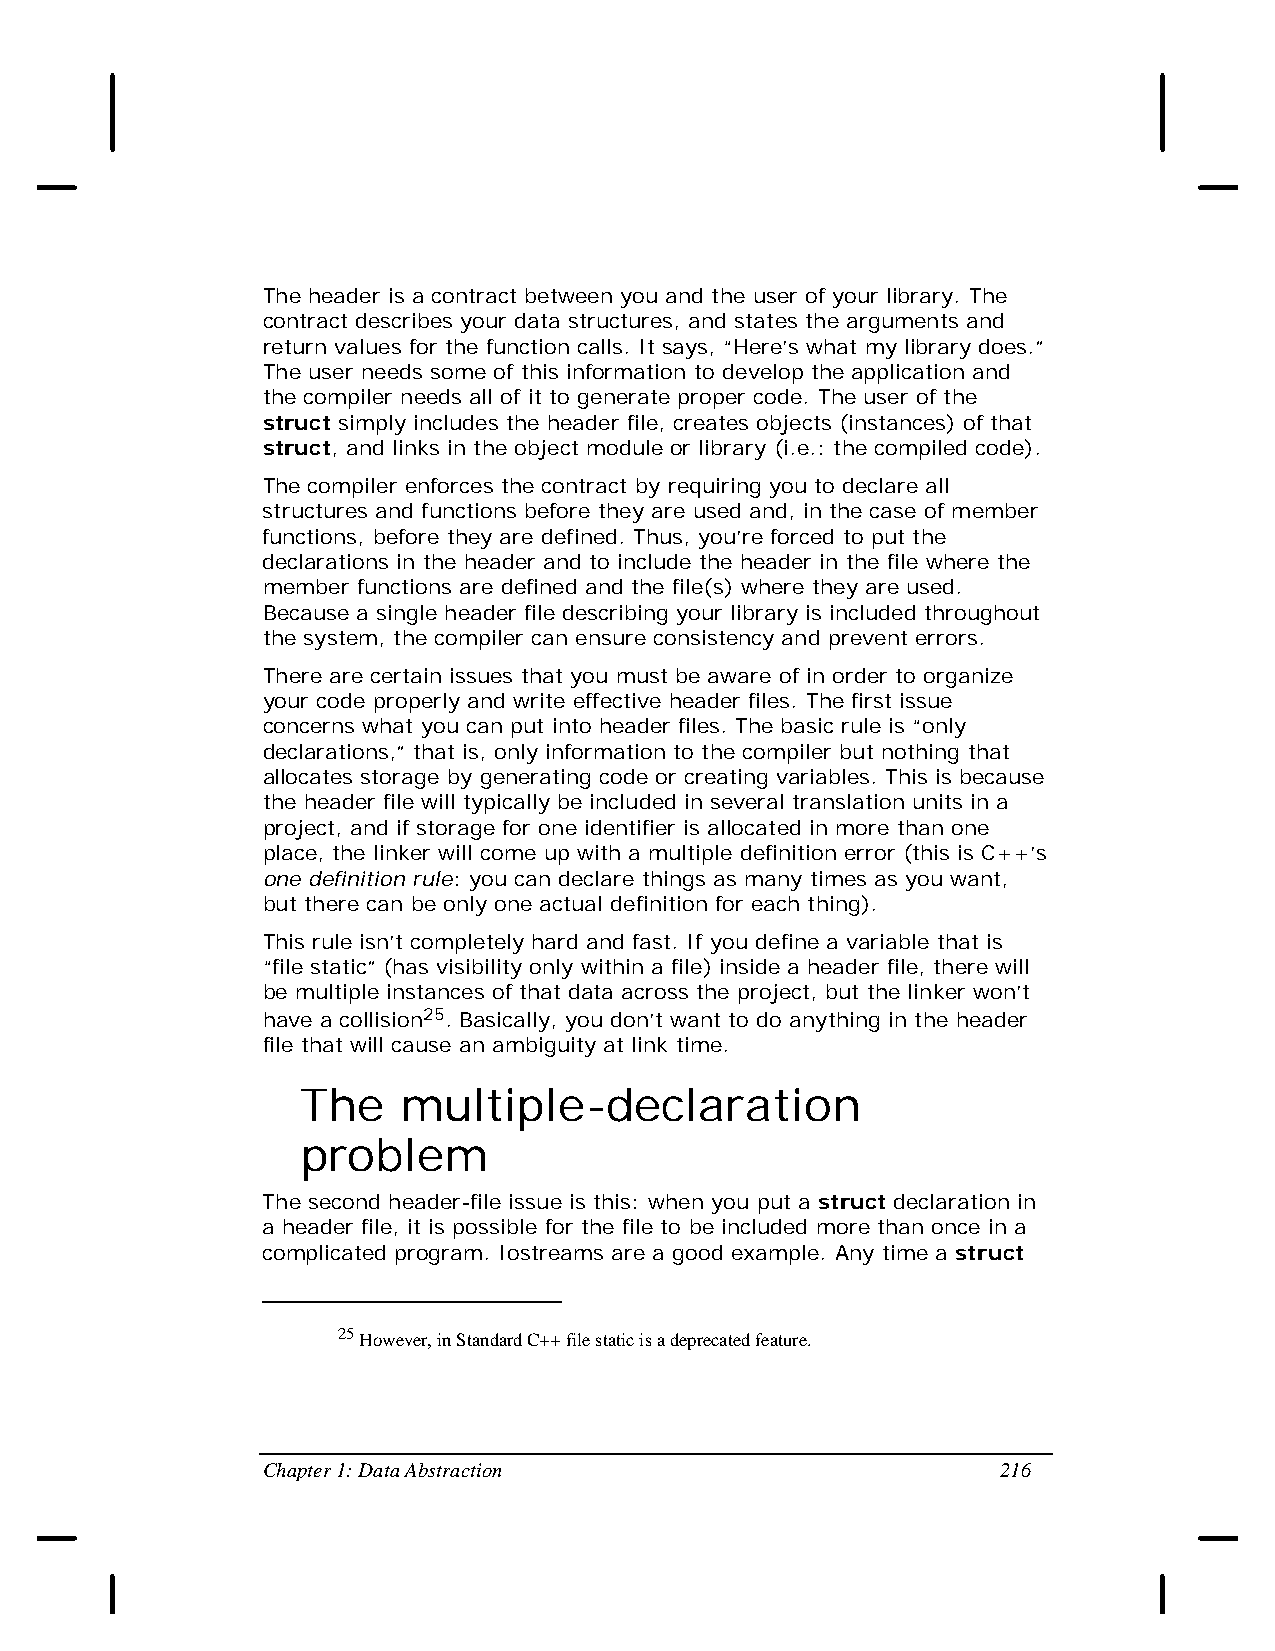
The header is a contract between you and the user of your library. The
 contract describes your data structures, and states the arguments and
 return values for the function calls. It says, “Here’s what my library does.”
 The user needs some of this information to develop the application and
 the compiler needs all of it to generate proper code. The user of the
 struct simply includes the header file, creates objects (instances) of that
 struct, and links in the object module or library (i.e.: the compiled code).
 The compiler enforces the contract by requiring you to declare all
 structures and functions before they are used and, in the case of member
 functions, before they are defined. Thus, you’re forced to put the
 declarations in the header and to include the header in the file where the
 member functions are defined and the file(s) where they are used.
 Because a single header file describing your library is included throughout
 the system, the compiler can ensure consistency and prevent errors.
 There are certain issues that you must be aware of in order to organize
 your code properly and write effective header files. The first issue
 concerns what you can put into header files. The basic rule is “only
 declarations,” that is, only information to the compiler but nothing that
 allocates storage by generating code or creating variables. This is because
 the header file will typically be included in several translation units in a
 project, and if storage for one identifier is allocated in more than one
 place, the linker will come up with a multiple definition error (this is C++’s
 one definition rule: you can declare things as many times as you want,
 but there can be only one actual definition for each thing).
 This rule isn’t completely hard and fast. If you define a variable that is
 “file static” (has visibility only within a file) inside a header file, there will
 be multiple instances of that data across the project, but the linker won’t
 have a collision25. Basically, you don’t want to do anything in the header
 file that will cause an ambiguity at link time.
 The    multiple-declaration
 problem
 The second header-file issue is this: when you put a struct declaration in
 a header file, it is possible for the file to be included more than once in a
 complicated program. Iostreams are a good example. Any time a struct
 25 However, in Standard C++ file static is a deprecated feature.
 Chapter 1: Data Abstraction                      216